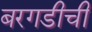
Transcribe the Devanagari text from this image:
बरगडीची